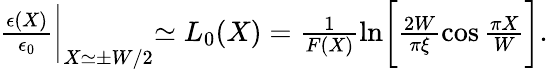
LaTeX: \begin{array}{r}{\frac{\epsilon(X)}{\epsilon_{0}}\biggl|_{X\simeq\pm W/2}\simeq L_{0}(X)=\frac{1}{F(X)}\ln\biggl[\frac{2W}{\pi\xi}\cos\frac{\pi X}{W}\biggr].}\end{array}